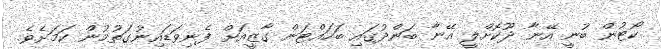
ކޯޓުން ބުނީ އޭނާ ދޫކޮށްލީ އޭނާ ބަންދުގައި ބަހައްޓަން ގާޒީއަށް ފެނިވަޑައިނުގަތުމުން ކަމަށެވެ.